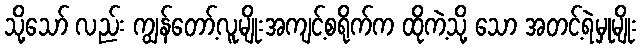
သို့သော် လည်း ကျွန်တော့်လူမျိုးအကျင့်စရိုက်က ထိုကဲ့သို့ သော အတင့်ရဲမှုမျိုး